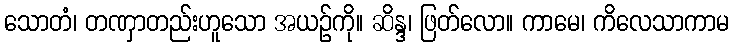
သောတံ၊ တဏှာတည်းဟူသော အယဉ်ကို။ ဆိန္ဒ၊ ဖြတ်လော။ ကာမေ၊ ကိလေသာကာမ